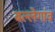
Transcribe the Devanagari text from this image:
बल्लेगांव